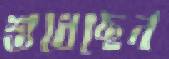
শুধেছেন